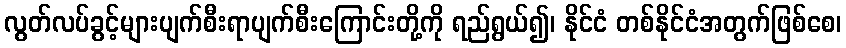
လွတ်လပ်ခွင့်များပျက်စီးရာပျက်စီးကြောင်းတို့ကို ရည်ရွယ်၍၊ နိုင်ငံ တစ်နိုင်ငံအတွက်ဖြစ်စေ၊